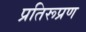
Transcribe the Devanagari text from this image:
प्रतिरूप्रण